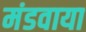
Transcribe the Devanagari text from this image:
मंडवाया